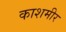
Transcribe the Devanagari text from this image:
काशमीर